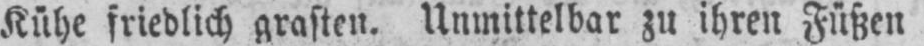
Kühe friedlich grasten. Unmittelbar zu ihren Füßen